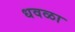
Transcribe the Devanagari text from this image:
धवळा